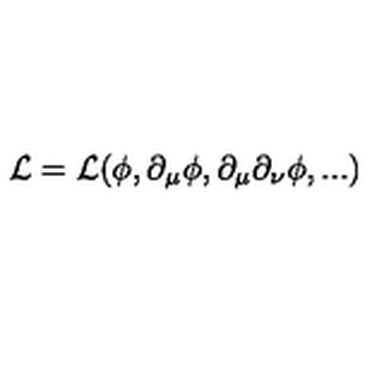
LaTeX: \cal L = \cal L ( \phi , \partial _ { \mu } \phi , \partial _ { \mu } \partial _ { \nu } \phi , . . . )